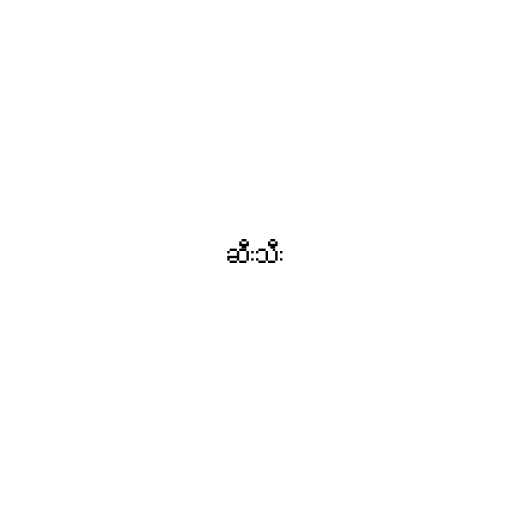
ဆီးသီး